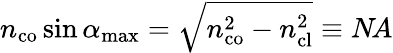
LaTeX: n_{\mathrm{co}}\sin\alpha_{\mathrm{max}}=\sqrt{n_{\mathrm{co}}^{2}-n_{\mathrm{cl}}^{2}}\equiv N\! A